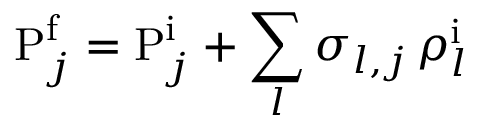
\mathrm { P } _ { j } ^ { \mathrm f } = \mathrm { P } _ { j } ^ { \mathrm i } + \sum _ { l } \sigma _ { l , j } \, \rho _ { l } ^ { \mathrm i }